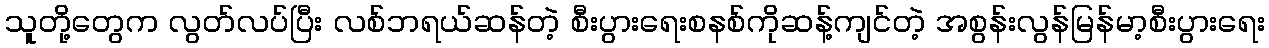
သူတို့တွေက လွတ်လပ်ပြီး လစ်ဘရယ်ဆန်တဲ့ စီးပွားရေးစနစ်ကိုဆန့်ကျင်တဲ့ အစွန်းလွန်မြန်မာ့စီးပွားရေး